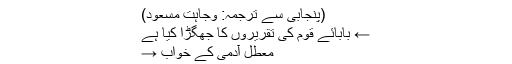
(پنجابی سے ترجمہ: وجاہت مسعود)
← بابائے قوم کی تقریروں کا جھگڑا کیا ہے
معطل آدمی کے خواب →